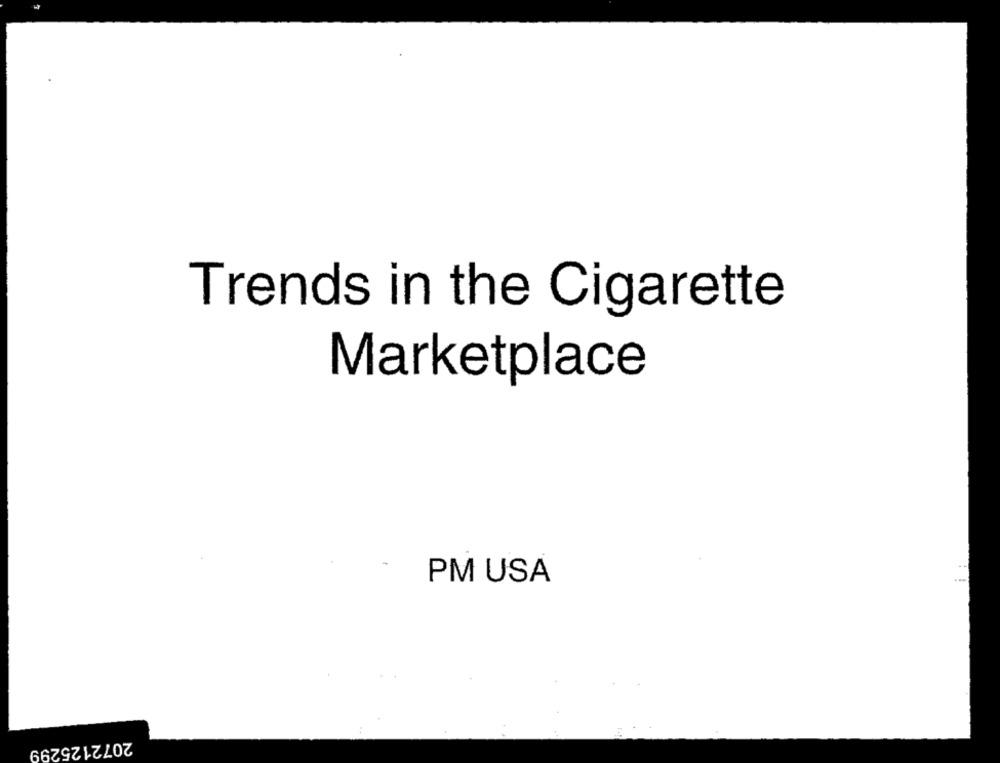
Trends in the Cigarette
Marketplace
PM USA
2072125299